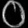
Digit: ၀